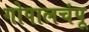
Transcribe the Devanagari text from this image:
गोपालचंपू